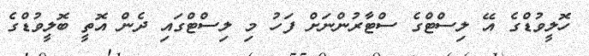
ހޮލީވުޑްގެ އޭ ލިސްޓްގެ ސްޓާރުންނަށް ފަހު މި ލިސްޓްގައި ދެން އޮތީ ބޮލީވުޑްގެ